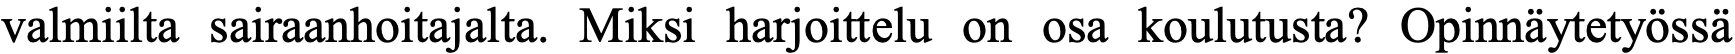
valmiilta sairaanhoitajalta. Miksi harjoittelu on osa koulutusta? Opinnäytetyössä